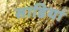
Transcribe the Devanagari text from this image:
साडियां